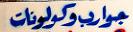
جواربوكولونات